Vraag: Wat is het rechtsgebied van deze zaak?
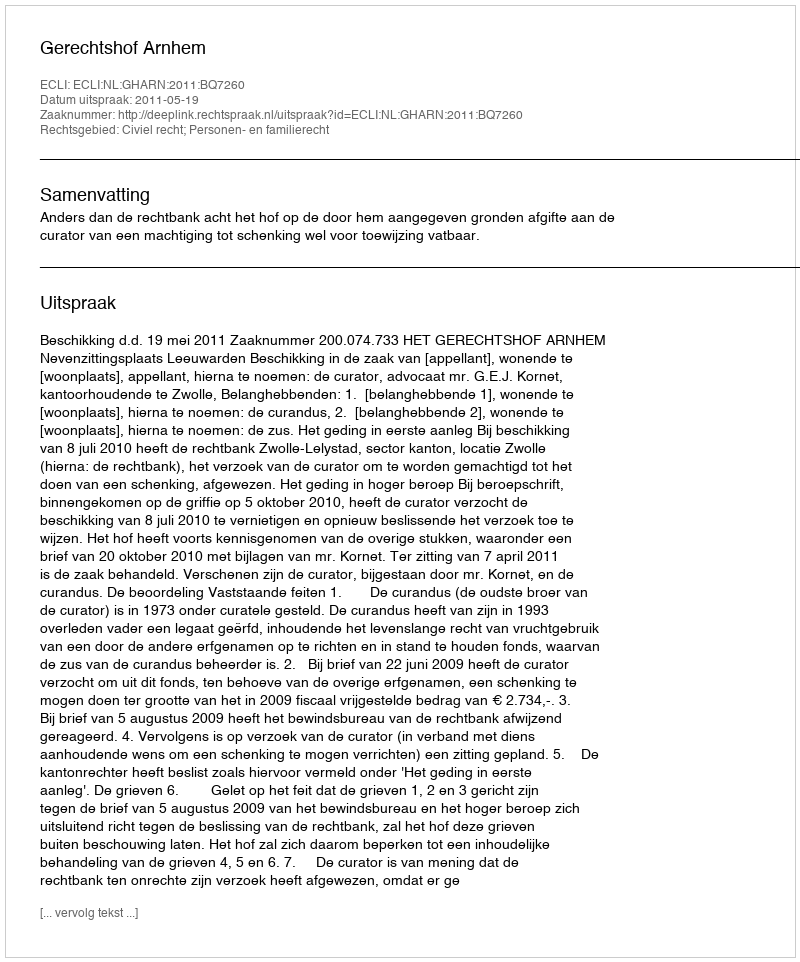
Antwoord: Civiel recht; Personen- en familierecht